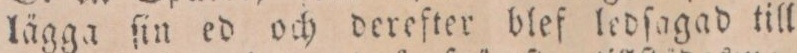
lägga ſin ed och derefter blef ledſagad till